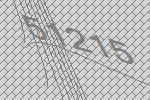
51215